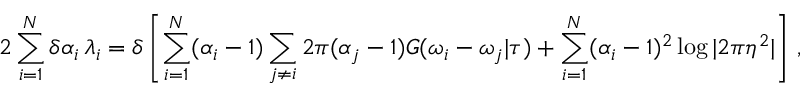
2 \sum _ { i = 1 } ^ { N } \delta \alpha _ { i } \, \lambda _ { i } = \delta \left[ \sum _ { i = 1 } ^ { N } ( \alpha _ { i } - 1 ) \sum _ { j \neq i } 2 \pi ( \alpha _ { j } - 1 ) G ( \omega _ { i } - \omega _ { j } | \tau ) + \sum _ { i = 1 } ^ { N } ( \alpha _ { i } - 1 ) ^ { 2 } \log | 2 \pi \eta ^ { 2 } | \right] \, ,